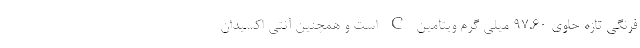
فرنگی تازه حاوی 97.60 میلی گرم ویتامین C است و همچنین آنتی اکسیدان